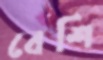
বেশি